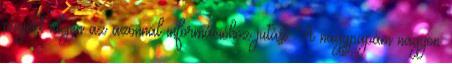
projekt idején az azonnal információhoz jutást. A nagypapám nagyon